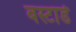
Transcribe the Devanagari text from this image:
बस्टार्ड